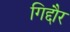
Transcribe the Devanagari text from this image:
गिद्दौर